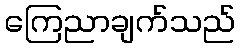
ကြေညာချက်သည်